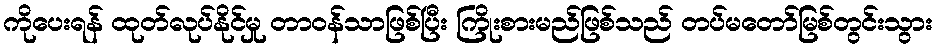
ကိုပေးရန် ထုတ်လုပ်နိုင်မှု တာဝန်သာဖြစ်ပြီး ကြိုးစားမည်ဖြစ်သည် တပ်မတော်မြစ်တွင်းသွား